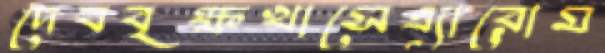
দেববৃক্ষখাসেএ্যারোম